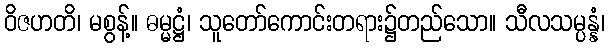
ဝိဇဟတိ၊ မစွန့်။ ဓမ္မဋ္ဌံ၊ သူတော်ကောင်းတရား၌တည်သော။ သီလသမ္ပန္နံ၊